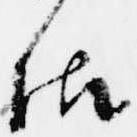
仕